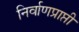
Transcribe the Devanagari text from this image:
निर्वाणप्राप्ती